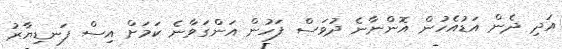
އަދި ދެން އަޑުއެހުން އޮންނާނެ ދުވަސް ފަހުން އަންގަވާނެ ކަމަށް އިސް ފަނޑިޔާރު